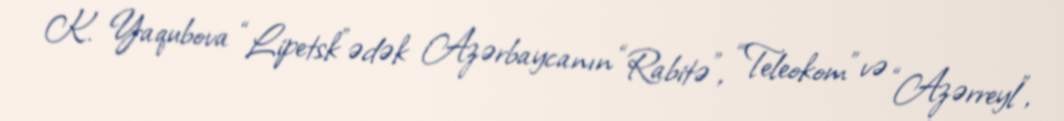
K. Yaqubova “Lipetsk”ədək Azərbaycanın “Rabitə”, “Teleokom” və “Azərreyl”,